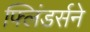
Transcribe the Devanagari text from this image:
फ्लिंडर्सने